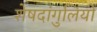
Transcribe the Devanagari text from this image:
शेषदांगुलियों